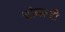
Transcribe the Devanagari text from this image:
चांबल्डी